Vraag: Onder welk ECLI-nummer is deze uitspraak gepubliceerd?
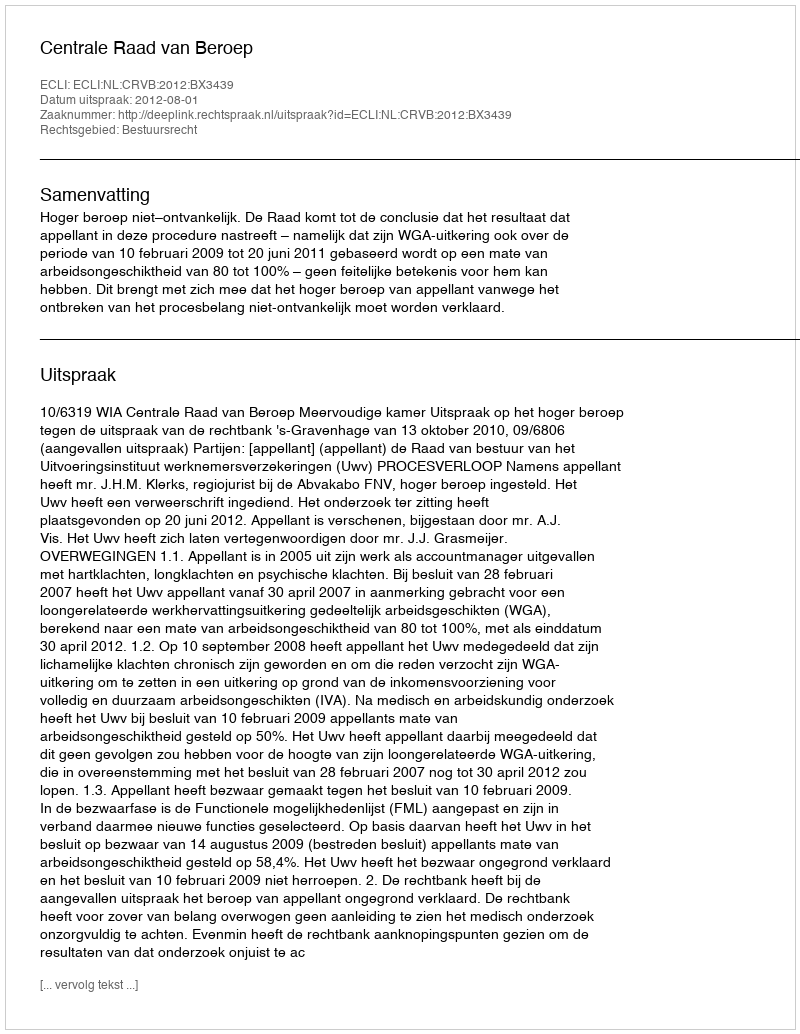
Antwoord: ECLI:NL:CRVB:2012:BX3439